Plague in India, 1896, 1897 - Volume 2
Year: 1896
Disease focus: Plague
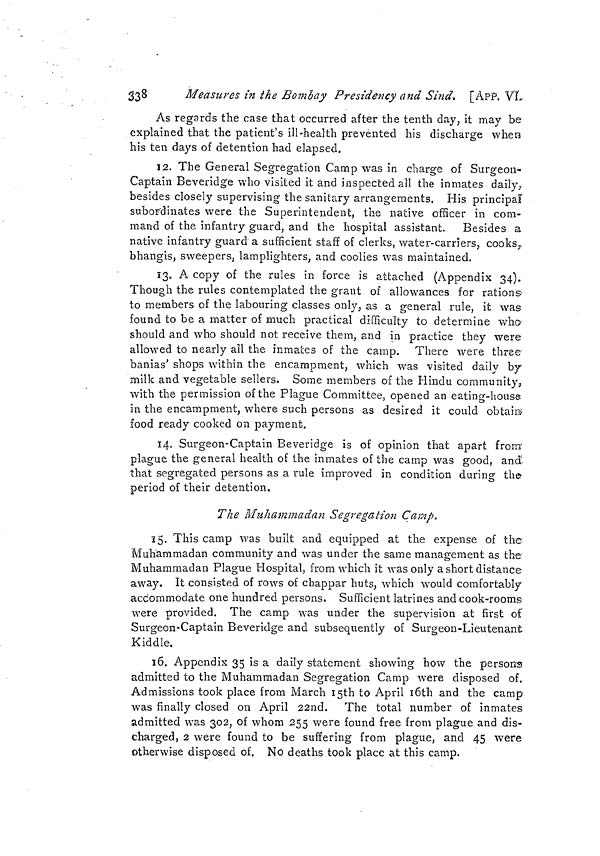
338
Measures in the Bombay Presidency and Sind. [APP. VL
As regards the case that occurred after the tenth day, it may be
explained that the patient's ill-health prevented his discharge when
his ten days of detention had elapsed.
12. The General Segregation Camp was in charge of Surgeon-
Captain Beveridge who visited it and inspected all the inmates daily,
besides closely supervising the sanitary arrangements. His principal
subordinates were the Superintendent, the native officer in com-
mand of the infantry guard ; and the hospital assistant. Besides a
native infantry guard a sufficient staff of clerks, water-carriers, cooks.,
bhangis, sweepers, lamplighters, and coolies was maintained.
13. A copy of the rules in force is attached (Appendix 34).
Though the rules contemplated the grant of allowances for rations
to members of the labouring classes only, as a general rule, it was
found to be a matter of much practical difficulty to determine who
should and who should not receive them, and in practice they were
allowed to nearly all the inmates of the camp. There were three
banias' shops within the encampment, which was visited daily by
milk and vegetable sellers. Some members of the Hindu community,
with the permission of the Plague Committee, opened an eating-house
in the encampment, where such persons as desired it could obtain
food ready cooked on payment.
14. Surgeon-Captain Beveridge is of opinion that apart from
plague the general health of the inmates of the camp was good, and
that segregated persons as a rule improved in condition during the
period of their detention.
The Muhammadan Segregation Camp,
15. This camp was built and equipped at the expense of the
Muhammadan community and was under the same management as the
Muhammadan Plague Hospital, from which it was only a short distance
away. It consisted of rows of chappar huts, which would comfortably
accommodate one hundred persons. Sufficient latrines and cook-rooms
were provided. The camp was under the supervision at first of
Surgeon-Captain Beveridge and subsequently of Surgeon-Lieutenant
Kiddle.
16. Appendix 35 is a daily statement showing how the persons
admitted to the Muhammadan Segregation Camp were disposed of.
Admissions took place from March I5th to April l6th and the camp
was finally closed on April 22nd. The total number of inmates
admitted was 302, of whom 255 were found free from plague and dis-
charged, 2 were found to be suffering from plague, and 45 were
otherwise disposed of. No deaths took place at this camp.